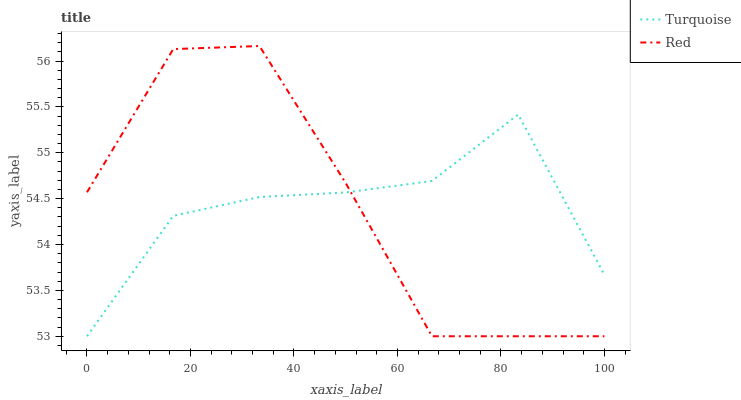
| xaxis_label | Turquoise | Red |
 | --- | --- | --- |
 | 0 | 53 | 54.6 |
 | 16.7 | 54.3 | 56.1 |
 | 33.3 | 54.5 | 56.2 |
 | 50 | 54.6 | 54.7 |
 | 66.7 | 54.7 | 53 |
 | 83.3 | 55.4 | 53 |
 | 100 | 53.7 | 53 |